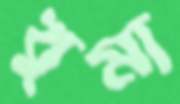
খুমা